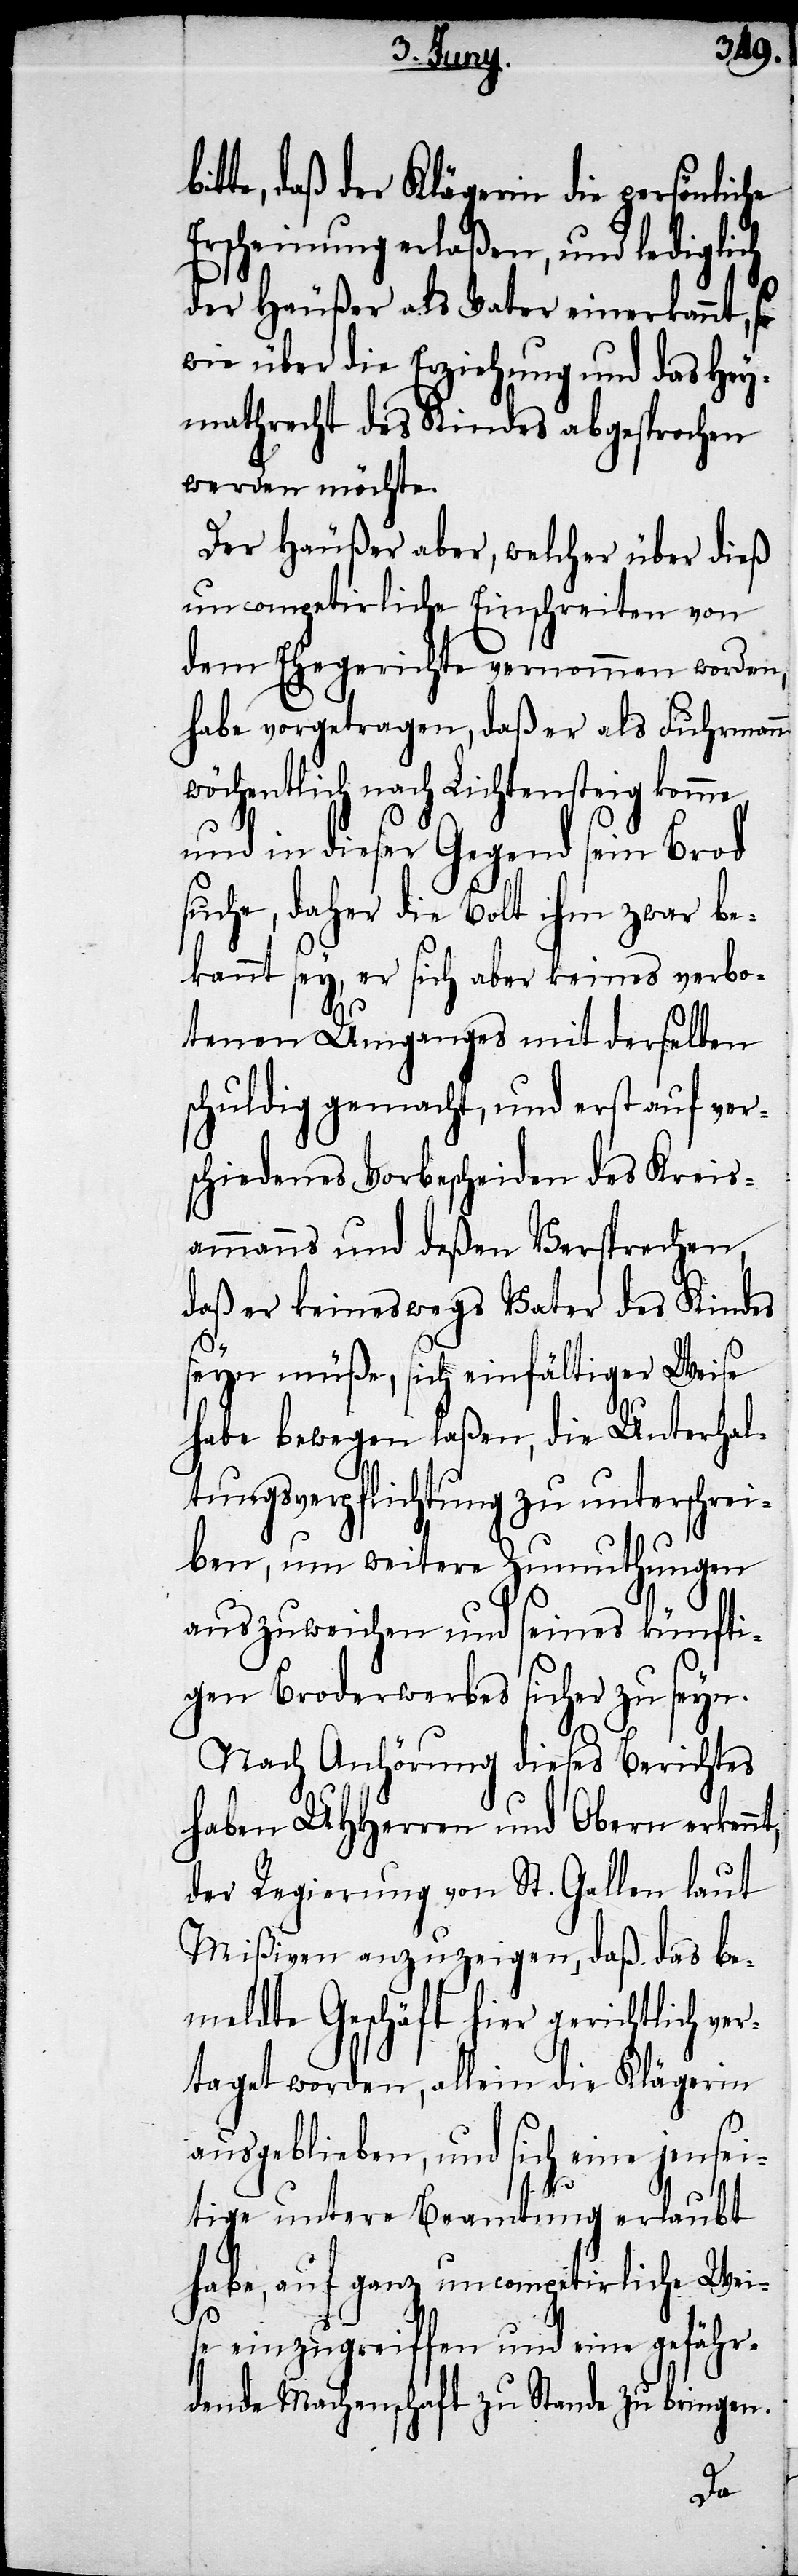
tte, daß der Klägerin die persönliche
Erscheinung erlaßen, und lediglich
der Häußer als Vater einerkannt, so
wie über die Erziehung und das Hey¬
mathrecht des Kindes abgesprochen
werden möchte.
Der Häußer aber, welcher über dieß
uncompetirliche Einschreiten von
dem Ehegerichte vernommen worden,
habe vorgetragen, daß er als Fuhrmann
wöchentlich nach Lichtensteig komme,
und in dieser Gegend sein Brod
suche, daher die Bolt ihm zwar be¬
kannt sey, er sich aber keines verbo¬
tenen Umganges mit derselben
schuldig gemacht, und erst auf ver¬
schiedenes Vorbescheiden des Kreis¬
ammanns und deßen Versprechen,
daß er keineswegs Vater des Kindes
seyn müße, sich einfältiger Weise
habe bewegen laßen, die Unterhal¬
tungsverpflichtung zu unterschrei¬
ben, um weitere Zumuthungen
auszuweichen und seines künfti¬
gen Broderwerbes sicher zu seyn.
Nach Anhörung dieses Berichtes
haben UHHerren und Obern erkenn¬
der Regierung von St. Gallen laut
Mißiven anzuzeigen, daß das be¬
meldte Geschäft hier gerichtlich ver¬
taget worden, allein die Klägerin
ausgeblieben, und sich eine jensei¬
tige untere Beamtung erlaubt
habe, auf ganz uncompetirliche Wei¬
se einzugreiffen und eine gefähr¬
dende Machenschaft zu Stande zu bringen.
t,